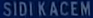
SIDI-KACEM